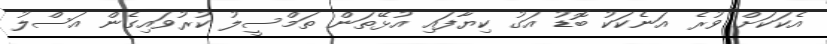
އެކަކަށް ވުރެ އަނެކަކު ބޮޑު އަގު ކިޔާފައި އުޅޭތަން ތަމްސީލު ކުރުވައިގެން އަސްލު